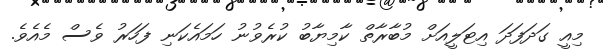
މިއީ ގަދަފަދަ އިޓަލީއަށް މުބާރާތް ކާމިޔާބު ކުރެވުނު ހަމައެކަނި ފަހަރު ވެސް މެއެވެ.